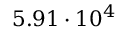
5 . 9 1 \cdot 1 0 ^ { 4 }